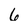
Character: 6